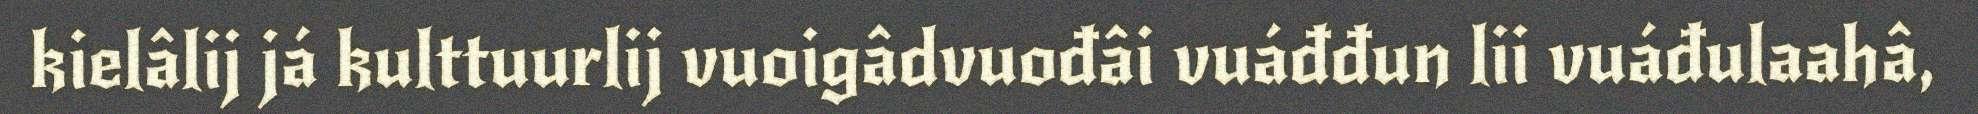
kielâlij já kulttuurlij vuoigâdvuođâi vuáđđun lii vuáđulaahâ,